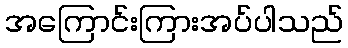
အကြောင်းကြားအပ်ပါသည်